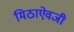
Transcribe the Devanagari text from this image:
मिठाऐवजी